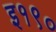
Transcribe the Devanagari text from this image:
इ१९०